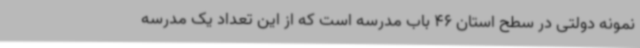
نمونه دولتی در سطح استان 46 باب مدرسه است که از این تعداد یک مدرسه